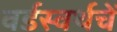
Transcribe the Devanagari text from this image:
वर्डस्वर्थचें